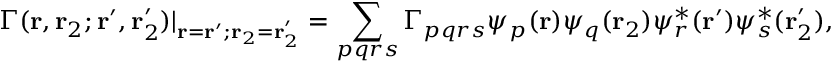
\Gamma ( \mathbf { r } , \mathbf { r } _ { 2 } ; \mathbf { r } ^ { \prime } , \mathbf { r } _ { 2 } ^ { \prime } ) | _ { \mathbf { r } = \mathbf { r } ^ { \prime } ; \mathbf { r } _ { 2 } = \mathbf { r } _ { 2 } ^ { \prime } } = \sum _ { p q r s } \Gamma _ { p q r s } \psi _ { p } ( \mathbf { r } ) \psi _ { q } ( \mathbf { r } _ { 2 } ) \psi _ { r } ^ { * } ( \mathbf { r } ^ { \prime } ) \psi _ { s } ^ { * } ( \mathbf { r } _ { 2 } ^ { \prime } ) ,